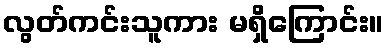
လွတ်ကင်းသူကား မရှိကြောင်း။